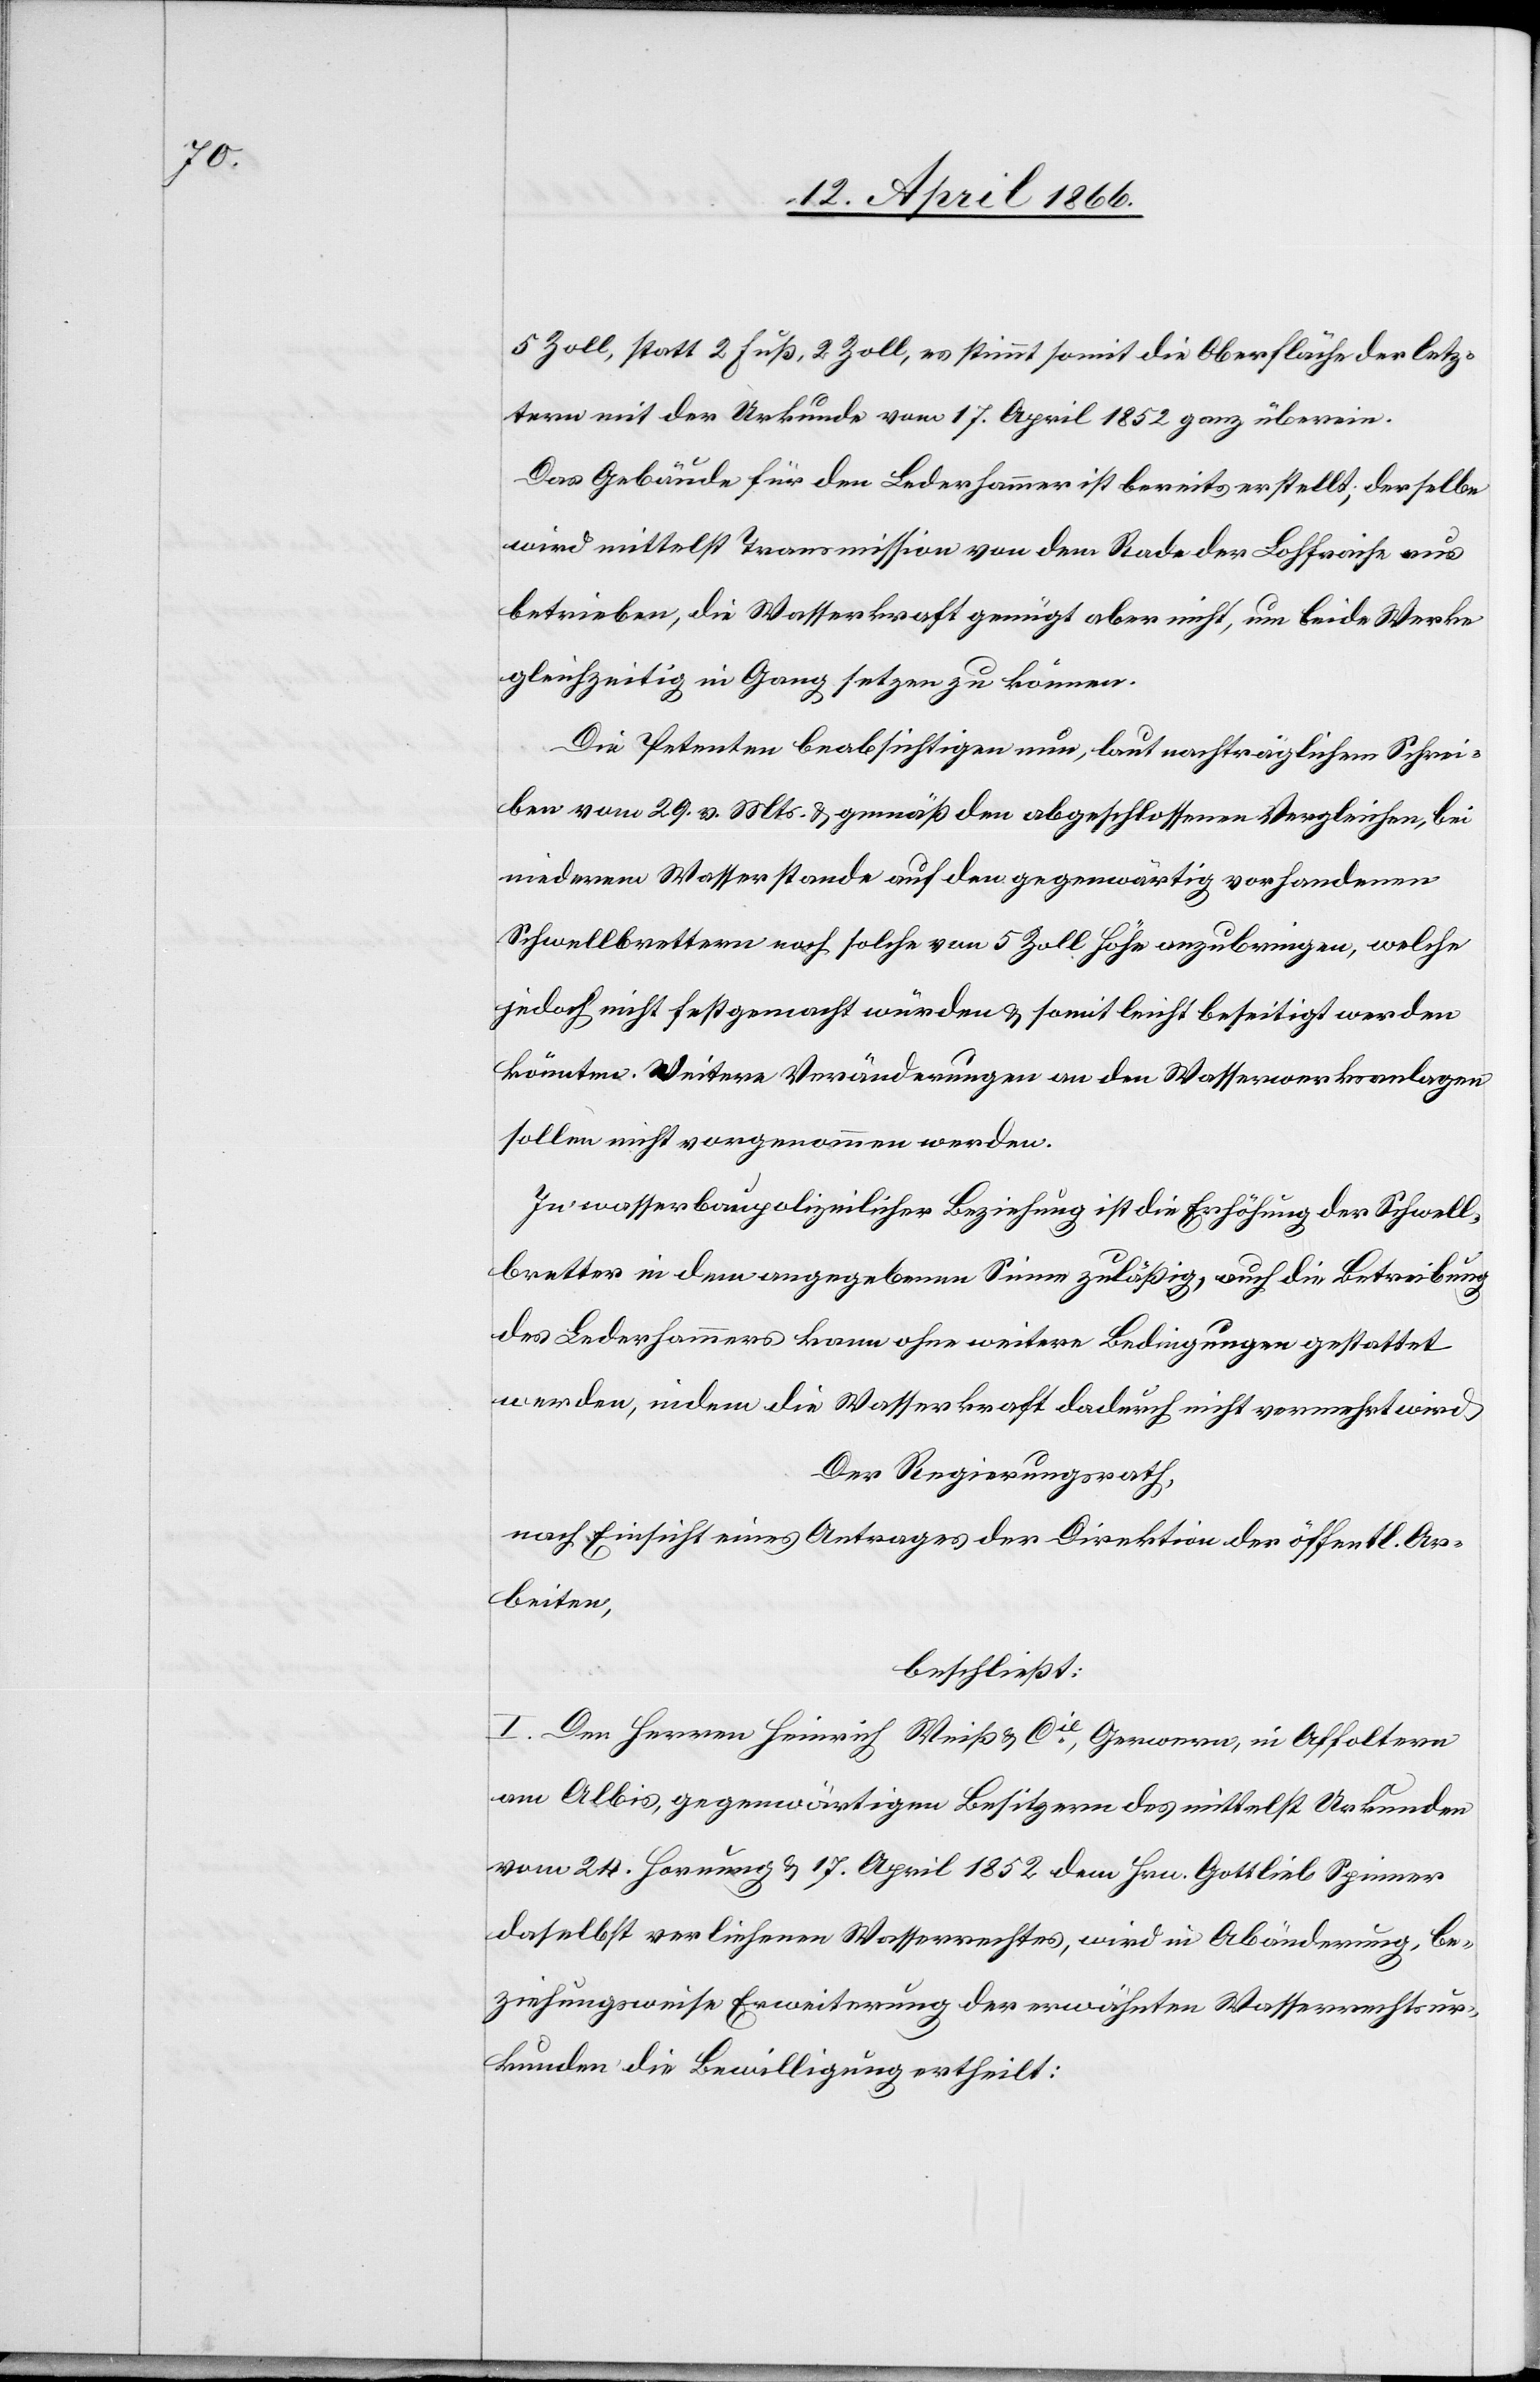
5 Zoll, statt 2 Fuß, 2 Zoll, es stimmt somit die Oberfläche der letz¬
tern mit der Urkunde vom 17. April 1852 ganz überein.
Das Gebäude für den Lederhammer ist bereits erstellt, derselbe
wird mittelst Transmission von dem Rade der Lohfraise aus
betrieben, die Wasserkraft genügt aber nicht, um beide Werke
gleichzeitig in Gang setzen zu können.
Die Petenten beabsichtigen nun, laut nachträglichem Schrei¬
ben vom 29. v. Mts. u. gemäß den abgeschlossenen Vergleichen, bei
niederem Wasserstande auf den gegenwärtig vorhandenen
Schwellbrettern noch solche von 5 Zoll Höhe anzubringen, welche
jedoch nicht festgemacht würden u. somit leicht beseitigt werden
könnten. Weitere Veränderungen an den Wasserwerksanlagen
sollen nicht vorgenommen werden.
In wasserbaupolizeilicher Beziehung ist die Erhöhung der Schwell¬
bretter in dem angegebenen Sinne zuläßig, auch die Betreibung
des Lederhammers kann ohne weitere Bedingungen gestattet
werden, indem die Wasserkraft dadurch nicht vermehrt wird.
Der Regierungsrath,
nach Einsicht eines Antrages der Direktion der öffentl. Ar¬
beiten,
beschließt:
I. Den Herren Heinrich Weiß u. Cie., Gerwern, in Affoltern
am Albis, gegenwärtigen Besitzern des mittelst Urkunden
vom 24. Hornung u. 17. April 1862 dem Hrn. Gottlieb Spinner
daselbst verliehenen Wasserrechtes, wird in Abänderung, be¬
ziehungsweise Erweiterung der erwähnten Wasserrechtsur¬
kunden die Bewilligung ertheilt: